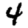
Digit: 4